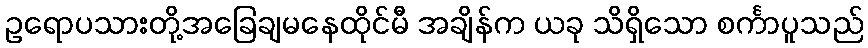
ဥရောပသားတို့အခြေချမနေထိုင်မီ အချိန်က ယခု သိရှိသော စင်္ကာပူသည်